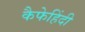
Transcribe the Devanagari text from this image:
कैफेहिंदी